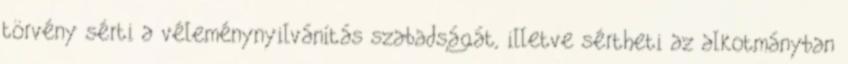
törvény sérti a véleménynyilvánítás szabadságát, illetve sértheti az alkotmányban